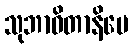
သုဘာဝိတာနိပေ